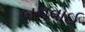
બનવાઈ